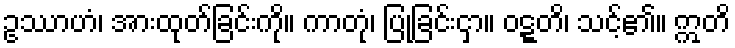
ဥဿာဟံ၊ အားထုတ်ခြင်းကို။ ကာတုံ၊ ပြုခြင်းငှာ။ ဝဋ္ဋတိ၊ သင့်၏။ ဣတိ